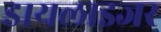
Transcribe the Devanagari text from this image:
डायलाइजर